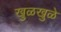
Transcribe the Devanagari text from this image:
खुळखुळे